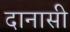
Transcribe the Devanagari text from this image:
दानासी